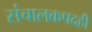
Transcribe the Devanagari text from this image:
संचालकपदही